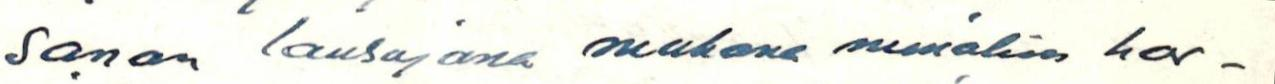
sanan lausujana mukana minäkin har-